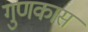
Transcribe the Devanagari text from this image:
गुणकास